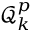
\mathcal { Q } _ { k } ^ { p }